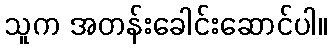
သူက အတန်းခေါင်းဆောင်ပါ။